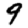
Digit: 9